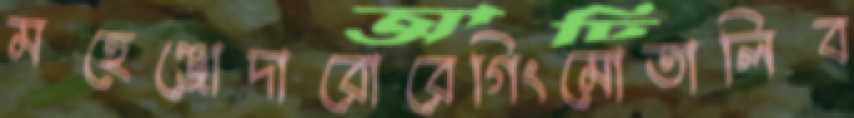
মহেঞ্জোদারোরেগিংমোতালিব